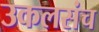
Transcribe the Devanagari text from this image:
उकलसंच